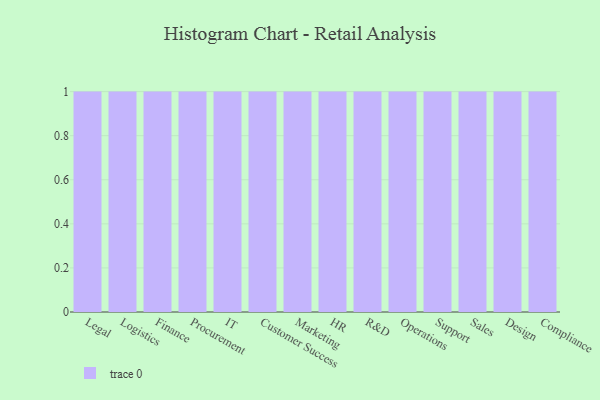
{"axis": {"x": "Department", "y": "Customer Acquisition Cost (USD)"}, "legend": [""], "data": [{"x": "Legal", "y": 63, "type": ""}, {"x": "Logistics", "y": 20, "type": ""}, {"x": "Finance", "y": 37, "type": ""}, {"x": "Procurement", "y": 27, "type": ""}, {"x": "IT", "y": 42, "type": ""}, {"x": "Customer Success", "y": 52, "type": ""}, {"x": "Marketing", "y": 72, "type": ""}, {"x": "HR", "y": 47, "type": ""}, {"x": "R&D", "y": 34, "type": ""}, {"x": "Operations", "y": 20, "type": ""}, {"x": "Support", "y": 75, "type": ""}, {"x": "Sales", "y": 83, "type": ""}, {"x": "Design", "y": 77, "type": ""}, {"x": "Compliance", "y": 6, "type": ""}]}